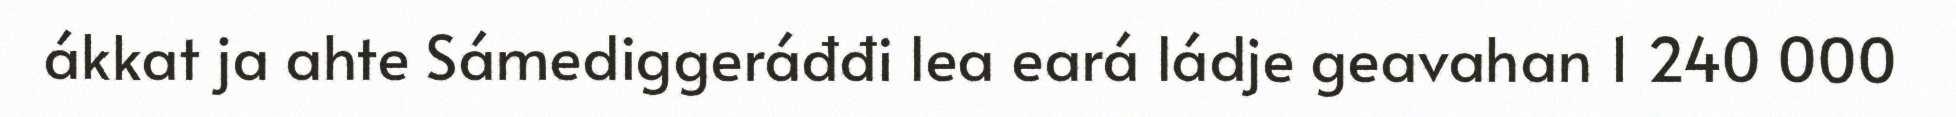
ákkat ja ahte Sámediggeráđđi lea eará ládje geavahan 1 240 000